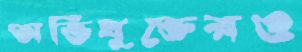
অভিযুক্তেরও